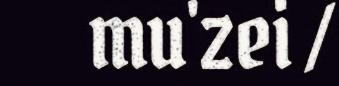
mu'zei /